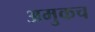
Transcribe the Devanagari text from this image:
अमुकच